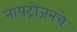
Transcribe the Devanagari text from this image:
नायट्रोजनचे